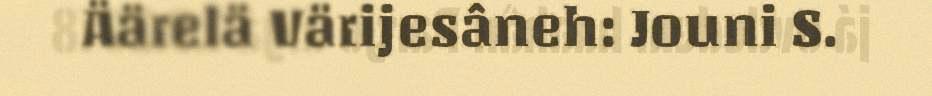
Äärelä Värijesâneh: Jouni S.